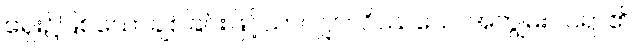
ရှေး၌ဖြစ်သောချစ်ခြင်းဖြင့်သာလျှင်။ ဝိဿသေ၊ အကျွမ်းဝင်ရာ၏။